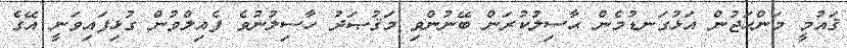
ޤައުމީ މަންހަޖުން އަޅުގަނޑުމެން ޙާސިލުކުރަން ބޭނުންވި މަޤުޞަދު ހާސިލުނުވެ ފެއިލްވުން ގުޅިފައިވަނީ އޭގެ